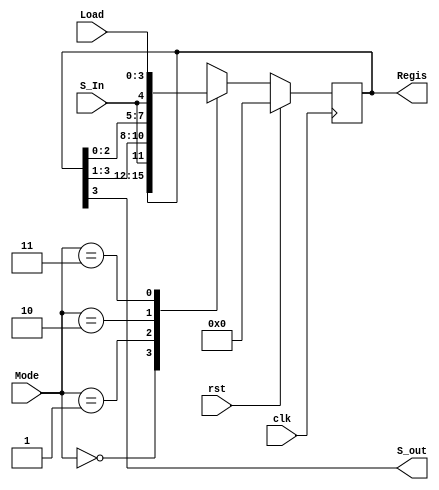
`timescale 1ns / 1ps
//////////////////////////////////////////////////////////////////////////////////
// Company: 
// Engineer: 
// 
// Design Name: 
// Module Name: USR
// Project Name: 
// Target Devices: 
// Tool Versions: 
// Description: 
// 
// Dependencies: 
// 
// Revision:
// Revision 0.01 - File Created
// Additional Comments:
// 
//////////////////////////////////////////////////////////////////////////////////


module USR(
    Mode,S_In,S_out,Regis,clk,rst,Load
    );
    
    input S_In,clk,rst;
    input [1:0]Mode;
    input [3:0]Load;
    output reg [3:0]Regis;
    output S_out;
    
    assign S_out = Regis[3]; 
    
    always @(posedge clk)
        begin
            if (rst)
                Regis <= 4'b0000;
            else
                begin
                    case(Mode)
                        2'b00 : Regis <= Regis;
                        2'b01 : Regis <= {S_In, Regis[3:1]};
                        2'b10 : Regis <= {Regis[2:0], S_In};
                        2'b11 : Regis <= Load;
                    endcase
                end
        end
           
endmodule